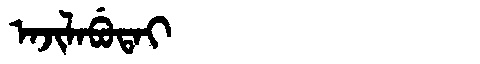
Manchu: ᠠᠵᡳᠯᠠᠪᡠᡨᠠᡳ
Romanization: AJILABUTAI